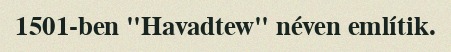
1501-ben "Havadtew" néven említik.